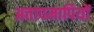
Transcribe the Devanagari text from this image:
अत्तापमापियों